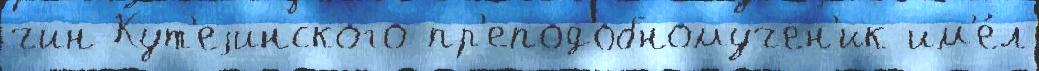
чин Кут'еjинского пр'еподобномучен'ик им'е́л